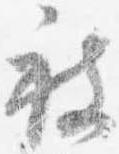
被